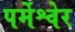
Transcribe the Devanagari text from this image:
पर्मेश्वेर